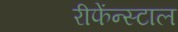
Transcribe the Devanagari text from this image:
रीफेंन्स्टाल